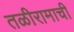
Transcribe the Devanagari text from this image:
तळीरामाची